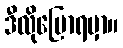
ဒီလိုပြောရမှာ။